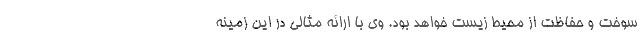
سوخت و حفاظت از محیط زیست خواهد بود. وی با ارائه مثالی در این زمینه